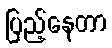
ပြည့်နေတာ